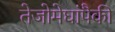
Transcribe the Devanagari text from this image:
तेजोमेघांपैकी